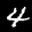
Label: 4